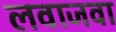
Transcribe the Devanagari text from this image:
लवाजवा